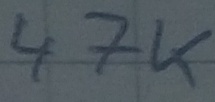
Text: 47K